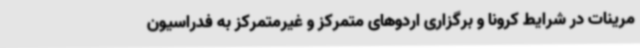
مرینات در شرایط کرونا و برگزاری اردوهای متمرکز و غیرمتمرکز به فدراسیون